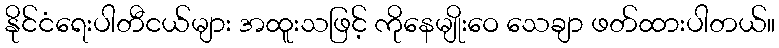
နိုင်ငံရေးပါတီငယ်များ အထူးသဖြင့် ကိုနေမျိုးဝေ သေချာ ဖတ်ထားပါတယ်။